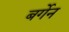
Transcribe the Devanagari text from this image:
बर्गेन